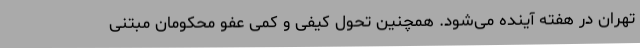
تهران در هفته آینده می‌شود. همچنین تحول کیفی و کمی عفو محکومان مبتنی